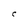
Character: C